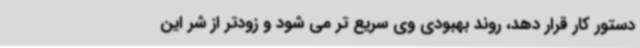
دستور کار قرار دهد، روند بهبودی وی سریع تر می شود و زودتر از شر این